Burma Government Medical School reports 1907-22
Year: 1907
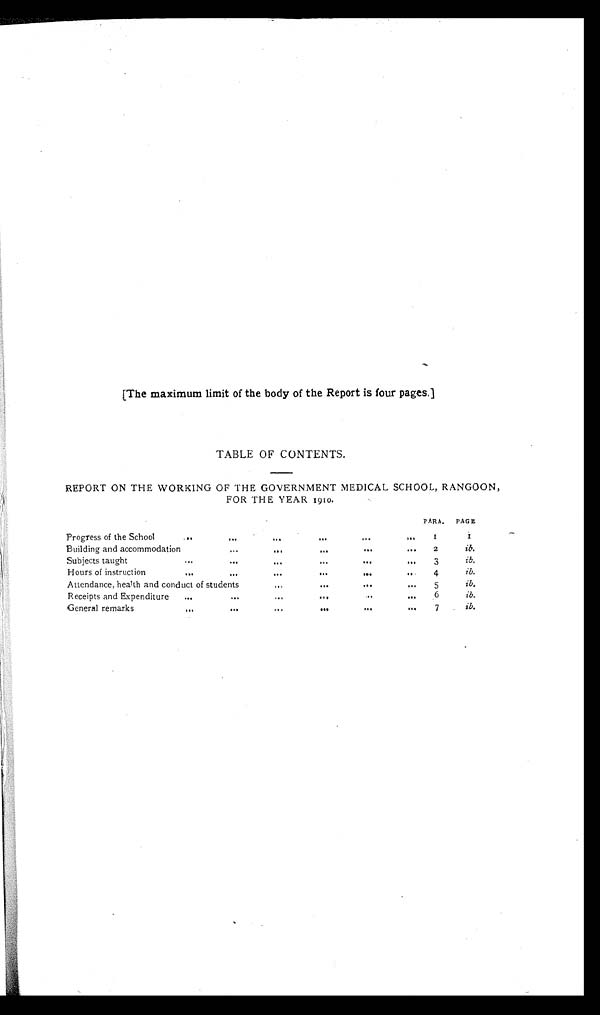
[The maximum limit of the body of the Report is four pages.]
TABLE OF CONTENTS.
REPORT ON THE WORKING OF THE GOVERNMENT MEDICAL SCHOOL, RANGOON,
FOR THE YEAR 1910.
PARA. PAGE
Progress of the School
...
...
...
...
...
1
I
Building and accommodation
...
...
...
...
2
ib.
Subjects taught
...
...
...
...
3
i b
.
Hours of instruction
...
...
...
...
...
...
4
ib.
Attendance, health and conduct of students
...
...
...
5
i b .
Receipts and Expenditure
...
...
6
ib.
General remar
ks
...
...
...
...
...
7
i b
.